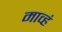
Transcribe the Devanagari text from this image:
माव्हं